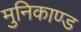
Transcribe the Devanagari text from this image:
मुनिकाण्ड